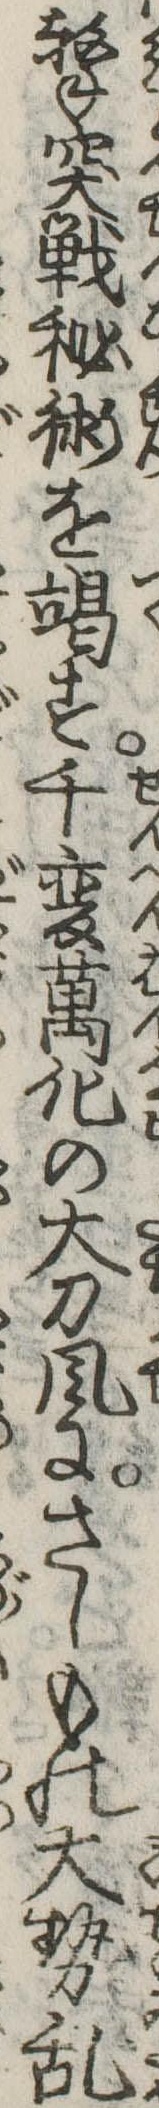
撃突戦秘術を竭す千変万化の大刀風にさしもの大勢乱